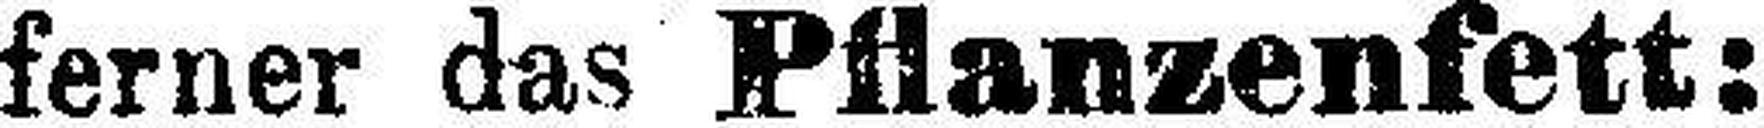
ferner das Pflanzenfett: